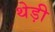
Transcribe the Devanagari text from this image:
थेड़ी